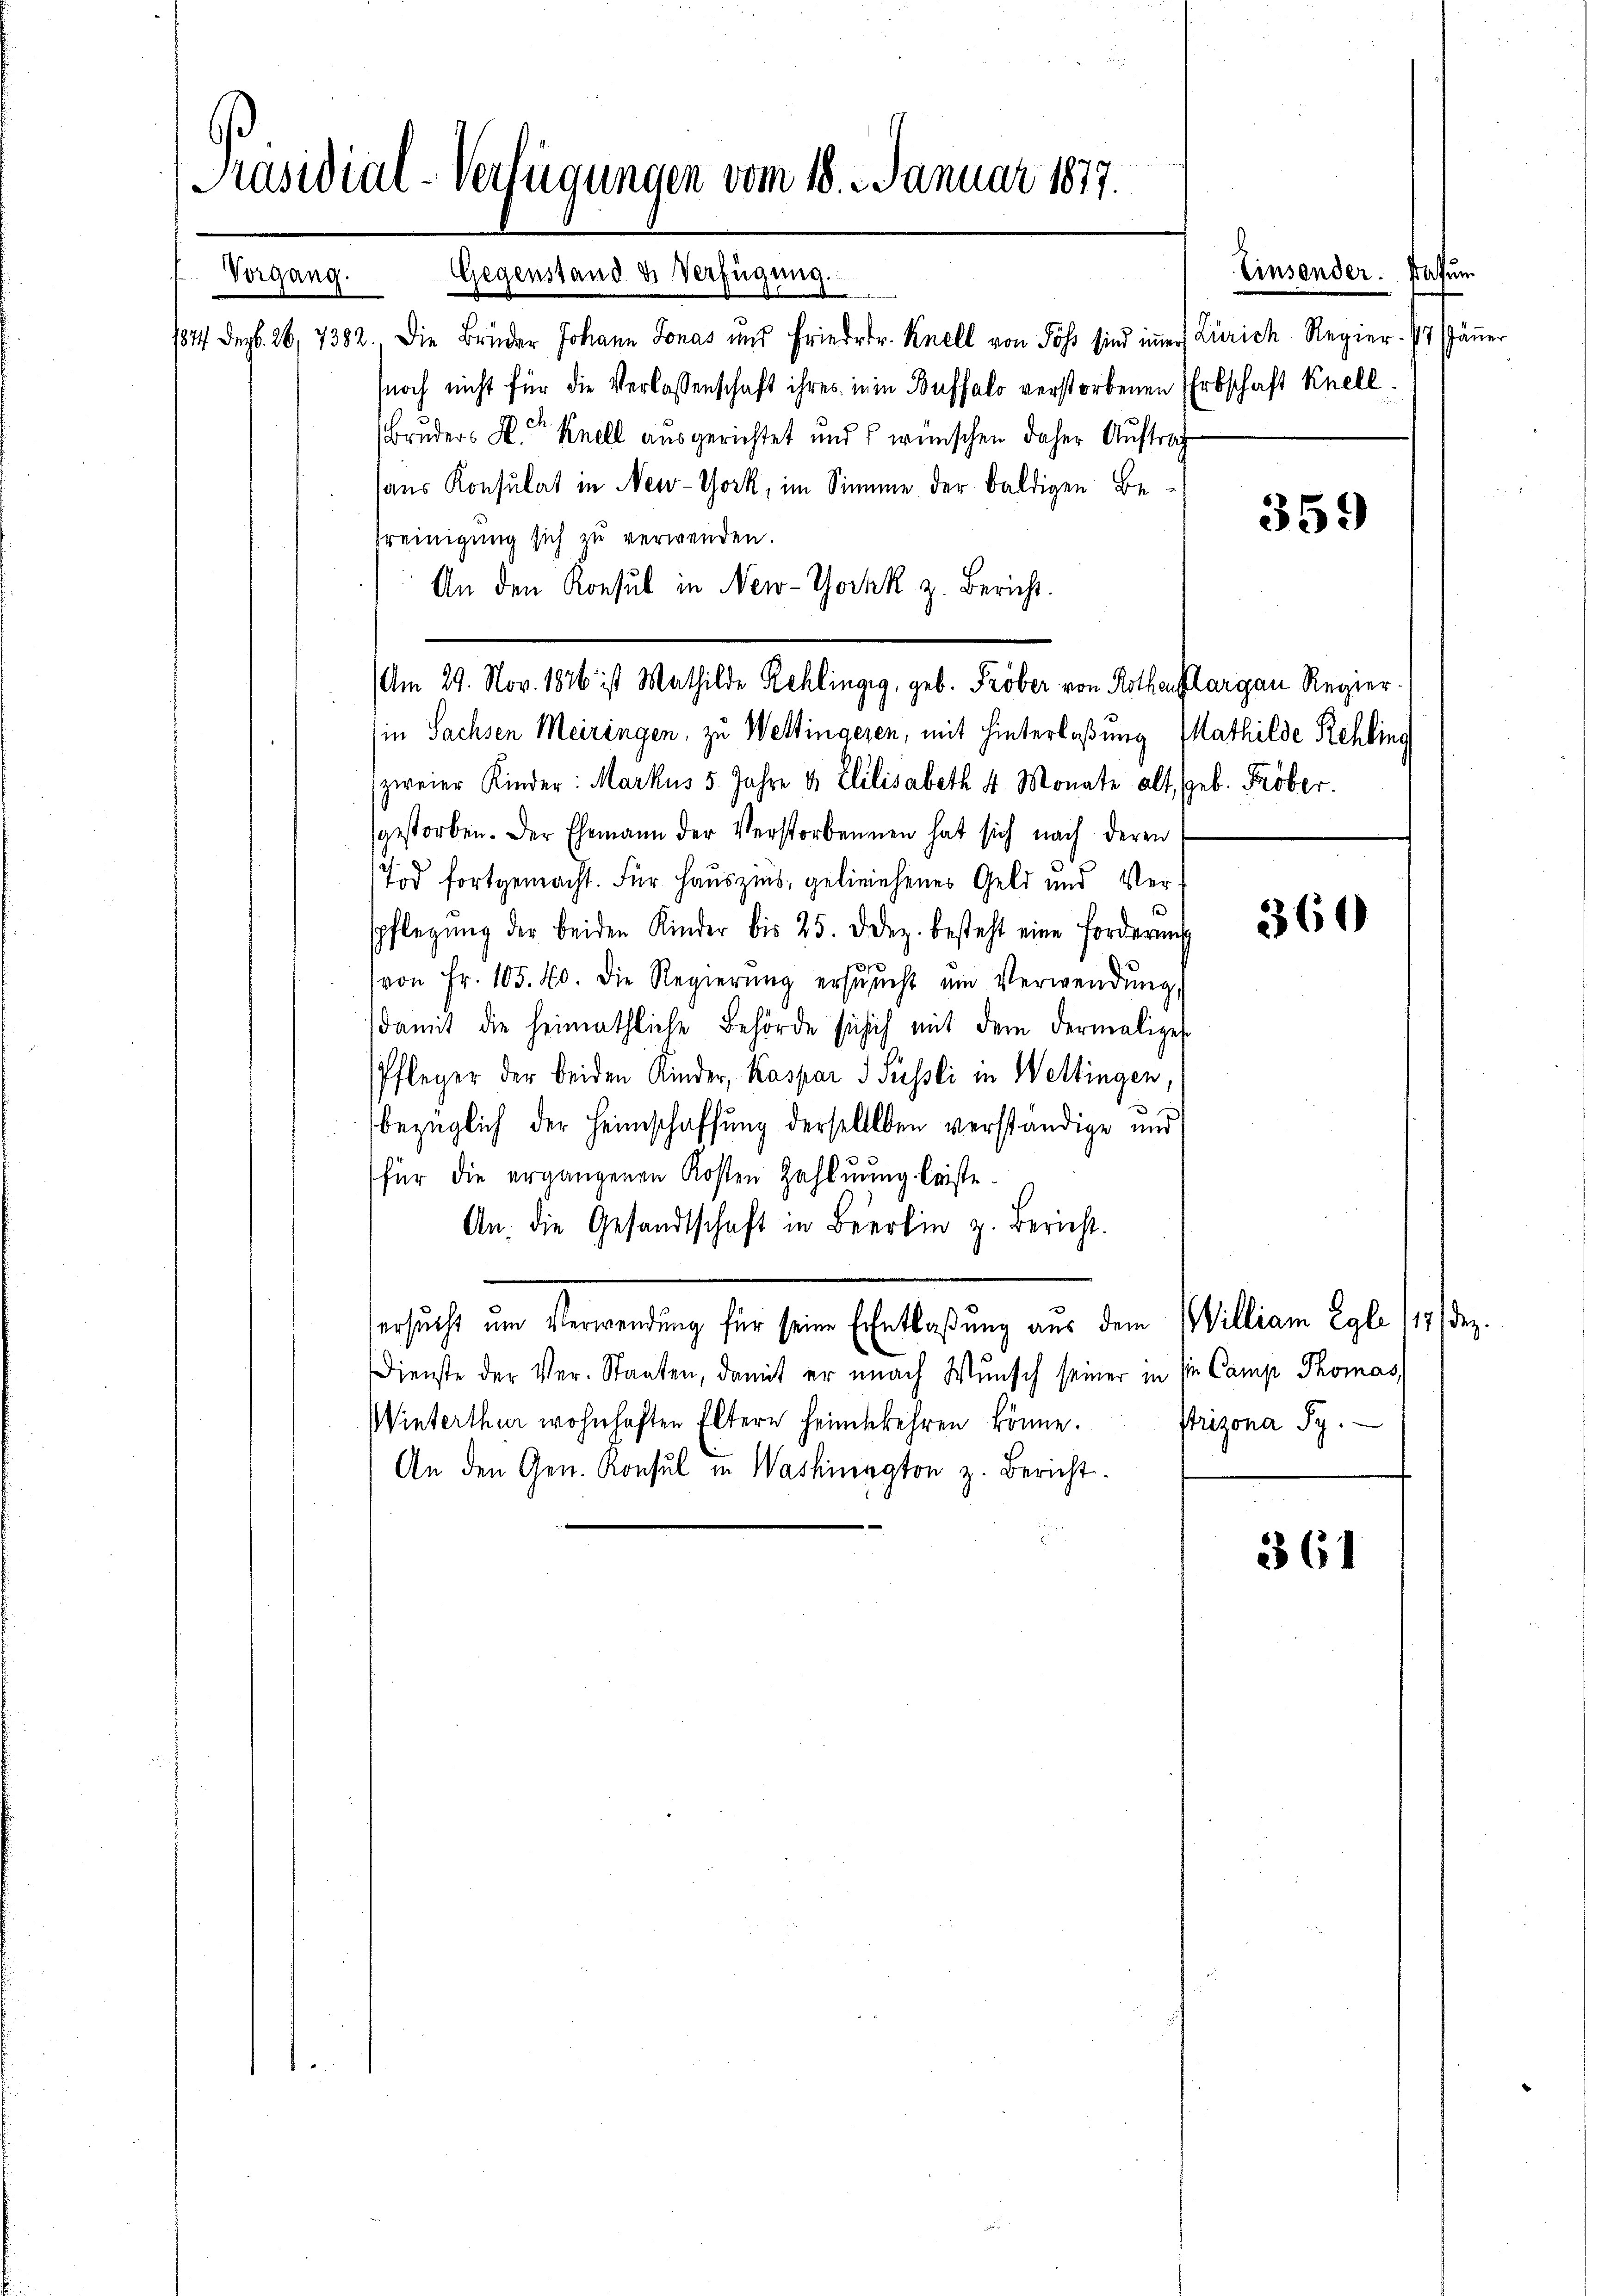
Präsidial-Verfügungen vom 18. 2. Januar 1877.
Gegenstand de Verfügung.
Vorgang.

be
1844 Dez. 26, 7382. Die Brüder Johann Jonas und Frieder Knell von Soss sind immer Zürich Regier. Er säṅer
noch nicht für die Verlassenschaft ihres in in Buffalo verstorbenen Erbschaft Knell¬
Bruders H. Knell ausgerichtet und wünschen daher Auftrag
sans Konsulat in New-York, im Simme der baldigen Bereinigung sich zu verwenden.
An den Konsul in New-York z. Bericht.
¬
(in Sachsen Meiringen, zu Wettingeren, mit Hinterlaßung Mathilde Rehling
zweier Kinder: Markus 5. Jahre & Elilisabeth 4 Monate alt, geb. Fröber.
sgestorben. Der Ehemann der Verstorbennen hat sich nach deren
Tod fortgemacht. Für Hauszins, gelieiehenes Geld und Ver¬
1
spflegŭng der beiden Kinder bis 25. Dez. besteht eine Forderung
von Fr. 105. 20. die Regierŭng ersŭcht um Verwendŭng,
damit die heimathliche Behörde sich ich mit dem dermaliges
Pfleger der beiden Kinder, Kaspar 3 Süssli in Wettingen,
bezüglich der Heimschaffung derselben verständige und
für die ergangenen Kosten Zahlung leiste.
An. die Gesandtschaft in Berlin z. Bericht.
ersucht um Verwendung für seine Entlaßung aus dem William Egli 117/ dez.
Dienste der Ver-Staaten, damit er nach Wunsch seiner in sie Camp Thomas
Winterthur wohnhaften Eltern heimgekehren könne.
An den Gen. Konsul in Washington z. Bericht.

Am 29. Nov. 1876 ist Mathilde Rehlingeg, geb. Fröber von Rothenflargau Regier

Einsender. Datum

359

360

Prizona Sy.

361